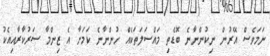
ނަމަވެސް އޭރުން ނިކުންނާނެ ބޮޑެތި މައްސަލަތަކެއް ހުންނާނެ ކަމަށާ އެ ޒިންމާ ސަރުކާރާއިއެކު